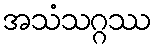
အသံသဂ္ဂဿ